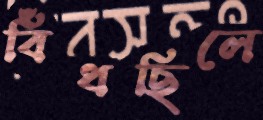
বিঁধছিলে